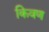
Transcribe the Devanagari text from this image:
किवण